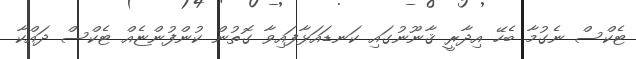
ޓެކްސް ނެގުމާ ބެހޭ އިދާރީ ޤާނޫނުގައި ކަނޑައަޅާފައިވާ ގޮތުން ކުންފުންޏެއް ޓެކްސް ދައްކާ